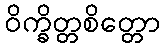
ဝိက္ခိတ္တစိတ္တော